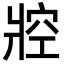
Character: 㸜